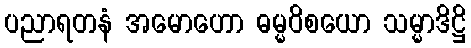
ပညာရတနံ အမောဟော ဓမ္မဝိစယော သမ္မာဒိဋ္ဌိ